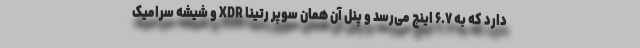
دارد که به ۶.۷ اینچ می‌رسد و پنل آن همان سوپر رتینا XDR و شیشه سرامیک